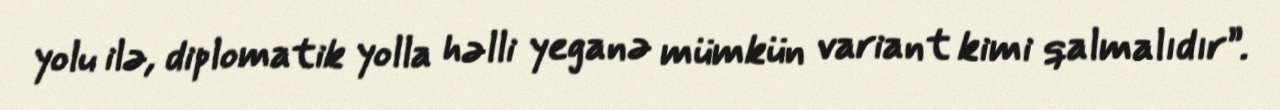
yolu ilə, diplomatik yolla həlli yeganə mümkün variant kimi qalmalıdır”.